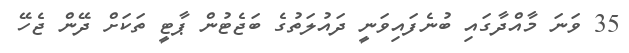
35 ވަނަ މާއްދާގައި ބުނެފައިވަނީ ދައުލަތުގެ ބަޖެޓުން ޕާޓީ ތަކަށް ދޭން ޖެހޭ